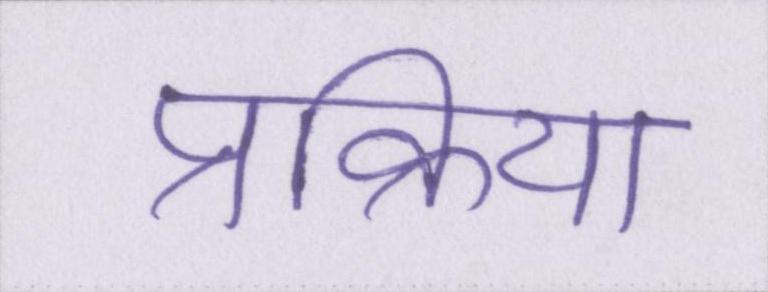
प्रक्रिया